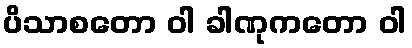
ပိသာစတော ဝါ ခါဏုကတော ဝါ